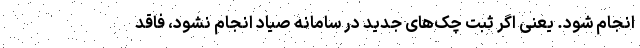
انجام شود. یعنی اگر ثبت چک‌های جدید در سامانه صیاد انجام نشود، فاقد